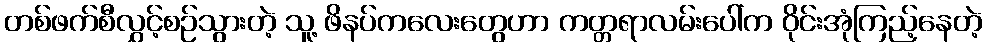
တစ်ဖက်စီလွှင့်စဉ်သွားတဲ့ သူ့ ဖိနပ်ကလေးတွေဟာ ကတ္တရာလမ်းပေါ်က ဝိုင်းအုံကြည့်နေတဲ့